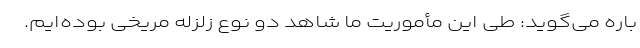
باره می‌گوید: طی این مأموریت ما شاهد دو نوع زلزله مریخی بوده‌ایم.